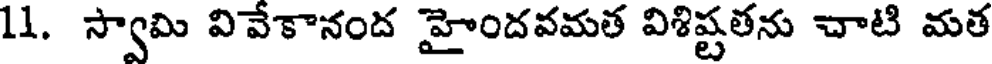
11. స్వామి వివేకానంద హైందవమత విశిష్టతను చాటి మత